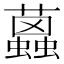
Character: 𧔐